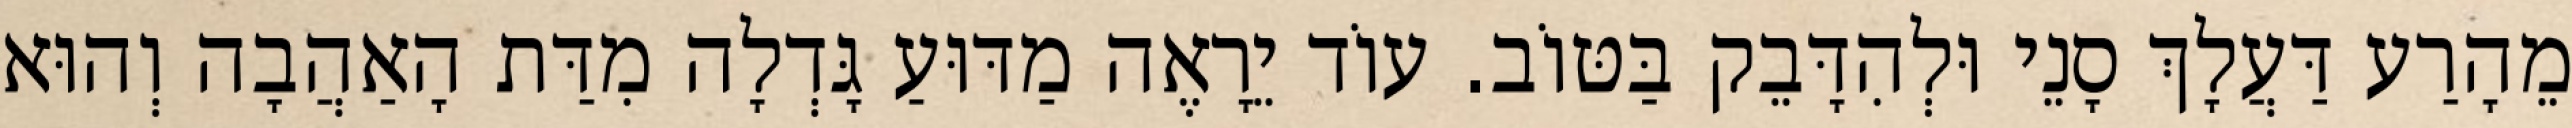
מֵהָרַע דַּעֲלָךְ סָנֵי וּלְהִדָּבֵק בַּטּוֹב. עוֹד יֵרָאֶה מַדּוּעַ גָּדְלָה מִדַּת הָאַהֲבָה וְהוּא